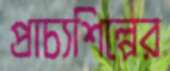
প্রাচ্যশিল্পের